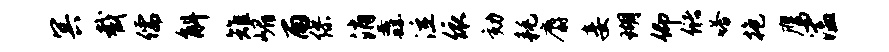
冥截儒斛雉嵋雨缪消纛泣依劾耗麝妾瑚仰储嗒抱鹰溘